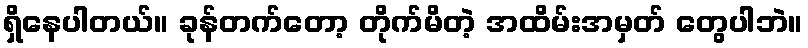
ရှိနေပါတယ်။ ခုန်တက်တော့ တိုက်မိတဲ့ အထိမ်းအမှတ် တွေပါဘဲ။